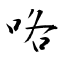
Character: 咯